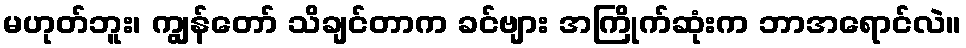
မဟုတ်ဘူး၊ ကျွန်တော် သိချင်တာက ခင်ဗျား အကြိုက်ဆုံးက ဘာအရောင်လဲ။